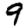
Digit: 9